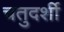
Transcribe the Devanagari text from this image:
चतुदर्शी